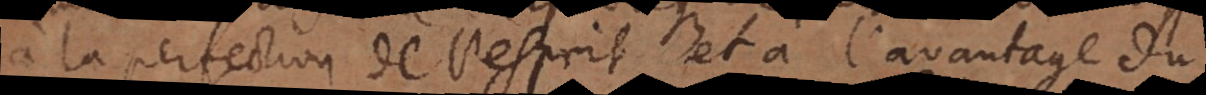
à la perfection de l’esprit et à l’avantage du